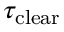
\tau _ { \mathrm { c l e a r } }